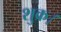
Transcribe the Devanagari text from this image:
शुक्र।